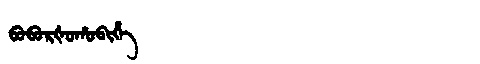
Manchu: ᠪᠣᠪᠣᡵᡧᠣᡥᠣᠪᡳᡥᡝ
Romanization: BOBORŠOHOBIHE